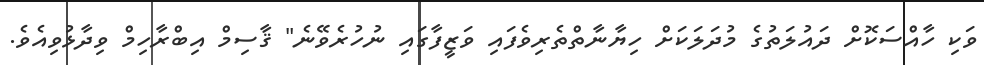
ވަކި ހާއްސަކޮށް ދައުލަތުގެ މުދަލަކަށް ހިޔާނާތްތެރިވެފައި ވަޒީފާގައި ނުހުރެވޭނެ" ޤާސިމް އިބްރާހިމް ވިދާޅުވިއެވެ.